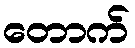
တောက်